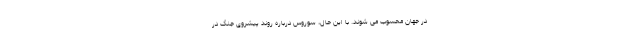
در جهان محسوب می شوند. با این حال، سوروس درباره روند پیشروی جنگ در